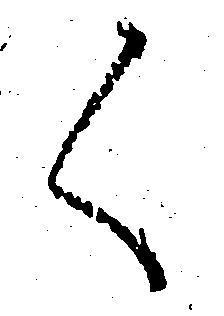
く